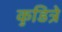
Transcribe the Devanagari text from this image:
कुडित्रे